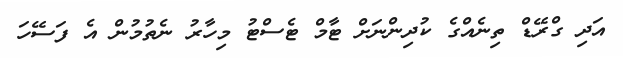
އަދި ގްރޭޑް ތިނެއްގެ ކުދިންނަށް ޓާމް ޓެސްޓު މިހާރު ނެތުމުން އެ ފަސޭހަ